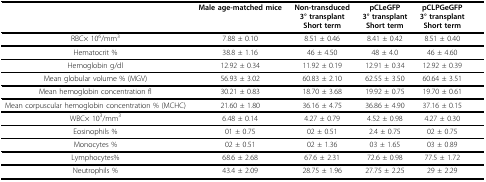
<table><thead><tr><td></td><td><b>Male age-matched mice</b></td><td><b>Non-transduced3° transplantShort term</b></td><td><b>pCLeGFP3° transplantShort term</b></td><td><b>pCLPGeGFP3° transplantShort term</b></td></tr></thead><tbody><tr><td>RBC× 10<sup>6</sup>/mm<sup>3</sup></td><td>7.88 ± 0.10</td><td>8.51 ± 0.46</td><td>8.41 ± 0.42</td><td>8.51 ± 0.40</td></tr><tr><td>Hematocrit %</td><td>38.8 ± 1.16</td><td>46 ± 4.50</td><td>48 ± 4.0</td><td>46 ± 4.60</td></tr><tr><td>Hemoglobin g/dl</td><td>12.92 ± 0.34</td><td>11.92 ± 0.19</td><td>12.91 ± 0.34</td><td>12.92 ± 0.39</td></tr><tr><td>Mean globular volume % (MGV)</td><td>56.93 ± 3.02</td><td>60.83 ± 2.10</td><td>62.55 ± 3.50</td><td>60.64 ± 3.51</td></tr><tr><td>Mean hemoglobin concentration fl</td><td>30.21 ± 0.83</td><td>18.70 ± 3.68</td><td>19.92 ± 0.75</td><td>19.70 ± 0.61</td></tr><tr><td>Mean corpuscular hemoglobin concentration %(MCHC)</td><td>21.60 ± 1.80</td><td>36.16 ± 4.75</td><td>36.86 ± 4.90</td><td>37.16 ± 0.15</td></tr><tr><td>WBC× 10<sup>3</sup>/mm<sup>3</sup></td><td>6.48 ± 0.14</td><td>4.27 ± 0.79</td><td>4.52 ± 0.98</td><td>4.27 ± 0.30</td></tr><tr><td>Eosinophils %</td><td>01 ± 0.75</td><td>02 ± 0.51</td><td>2.4 ± 0.75</td><td>02 ± 0.75</td></tr><tr><td>Monocytes %</td><td>02 ± 0.51</td><td>02 ± 1.36</td><td>03 ± 1.65</td><td>03 ± 0.89</td></tr><tr><td>Lymphocytes%</td><td>68.6 ± 2.68</td><td>67.6 ± 2.31</td><td>72.6 ± 0.98</td><td>77.5 ± 1.72</td></tr><tr><td>Neutrophils %</td><td>43.4 ± 2.09</td><td>28.75 ± 1.96</td><td>27.75 ± 2.25</td><td>29 ± 2.29</td></tr></tbody></table>